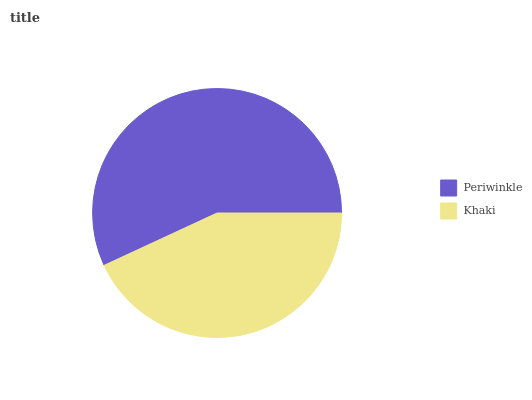
| Periwinkle | Khaki |
 | --- | --- |
 | 56.9% | 43.1% |